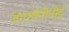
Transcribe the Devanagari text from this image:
जंगरमैनीनीई